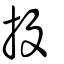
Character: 投